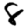
Digit: 8